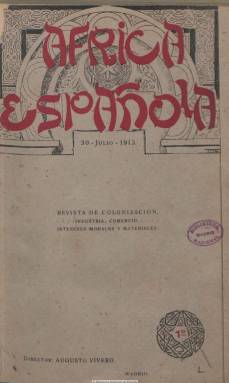
Título: África española (Madrid)
Colección: África
Ámbito geográfico: Madrid
Lugar de publicación: Madrid
Fechas: 30/07/1913-28/02/1917

Con el subtítulo “revista de colonización”, es el órgano oficial de la Liga Africanista Española, constituida el 10 de enero de 1913, en el madrileño Palacio del Senado, a los pocos meses de quedar establecido el denominado Protectorado español de Marruecos, con la finalidad de influir en los poderes públicos y en la opinión general sobre los intereses coloniales españoles. La Liga nace para estimular y colaborar en las tareas políticas y administrativas y defender todos los intereses nacionales (industriales, mercantiles, etc.) en el país norteafricano, como apoyo y contraste a la acción oficial, y servir de propaganda a través de conferencias, estudios, etc. La revista aparecerá el 30 de julio de 1913, con entregas mensuales de un centenar de páginas, formando parte, pues, del importante número de publicaciones españolas que desde la segunda mitad del siglo diecinueve habían empezado a centrar su atención sobre África, al principio desde una perspectiva geográfica, y ya en el primer tercio del veinte desde un nuevo africanismo que se calificará marroquismo, al centrarse exclusivamente el interés colonial sobre este país, pero extendiéndose de forma esporádica hacia lo que se denominó África Occidental Española.

Con la leyenda en su cabecera “industria, comercio, intereses morales y materiales”, y como órgano de la Junta Central de la Liga y de sus delegaciones provinciales, la revista publica interesantísimos y densos estudios, memorias, conferencias, artículos y crónicas de carácter histórico, geográfico, demográfico, sobre asuntos de comercio, industria, agricultura, pesca, sanidad, así como educación, literatura, arte, pintura, folclore; también sobre asuntos indígenas e inmigratorios, administrativos y militares, y bibliografía. La revista cuenta con una sección fija bajo el epígrafe Crónica política (de carácter nacional e internacional), escrita por su director, Augusto Vivero Rodríguez de Tudela (Cuba: 1882), que a finales de siglo había iniciado su carrera periodística en España, y que llegaría a ser por poco tiempo director del diario ABC de Madrid al estallar la guerra civil, siendo ejecutado por el régimen franquista el 27 de mayo de 1939, según un estudio de 2009 sobre este periodista de Almudena Sánchez Camacho.

La revista cuenta también con las secciones de Notas financieras y mercantiles, Noticias y comentarios, Legislación y jurisprudencia y Diario de revistas (la opinión de los demás). Asimismo, dedicará especial atención a los asuntos coloniales franceses y, además de unas crónicas de Larache, publicará unos extensos estudios sobre Guinea Española y el Sahara Español. En los primeros números incluirá también la traducción directa del árabe del Corán y noticias de la vida de Mahoma, llevada a cabo por su director.

En el primer número publican textos el Conde de Romanones, presidente del Consejo de Ministros; Antonio López Muñoz y Rafael Gasset, ministros de Estado y Fomento, respectivamente. Aparece como redactor jefe de la publicación, Fernando Gillis Mercet (1879-1939), militar y revistero taurino conocido con el seudónimo Claridades. La revista inserta una larga lista de sus colaboradores, entre los que se encuentran reputadas firmas, como el africanista Gustavo Vivero; Ángel Cabrera y Constancio Bernaldo de Quirós, de la Comisión Científica de Marruecos; el explorador africanista Antonio Ramos; el publicista y diputado Ángel Guerra; Baldomero Argente, que en ese momento es subsecretario de la Presidencia del Gobierno; Federico Montaldo, médico higienista; Fermín Villalta, canciller del Consulado de Larache; José García Belenguer, médico y consejero de S.A.I. Muley el Mehdi; José Maros O’Neale, exconsejero de Instrucción Pública; Manuel Conrotte, de la Real Sociedad Geográfica; Miguel Villanueva, presidente del Congreso de los Diputados; Tomás Maestre, médico y senador; César Juarros,  Hermenegildo Boni, José García Benítez, León Martín Peinador,  Ricardo Burguete, Ricardo Donoso Cortes, militares; Vicente Gay y Godofredo Escribano Hernández, catedráticos; y Luis de Armiñán y Luis Bello, entre otros muchos.

La publicación incluye también una sección titulada Boletín oficial de la Liga Africanista Española, en donde irá dando cuenta de las actas de las sesiones de su Junta Central, así como sus informes, trabajos, estatutos y ponencias. El 25 de marzo de 1914 la publicación será declarada por el Ministerio de la Guerra como de “utilidad del Ejército”.

El número 45 es el último de la colección de este título, correspondiente al 28 de febrero de 1917. Como continuación, en abril de 1918 aparece Boletín de la Liga Africanista Española, que será sustituido por Revista hispano africana, que desde enero de 1922 seguirá publicándose hasta más allá de la caída de la Monarquía, hasta diciembre de 1931.